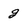
Character: g